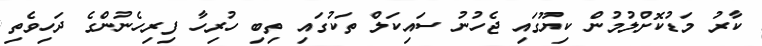
ކާރު މަޑުކޮށްލުމުން ކިޔޫގައި ޖެހުނު ސައިކަލް ތަކުގައި ތިބި ހުރިހާ ފިރިހެނުންގެ ދަހިވެތި